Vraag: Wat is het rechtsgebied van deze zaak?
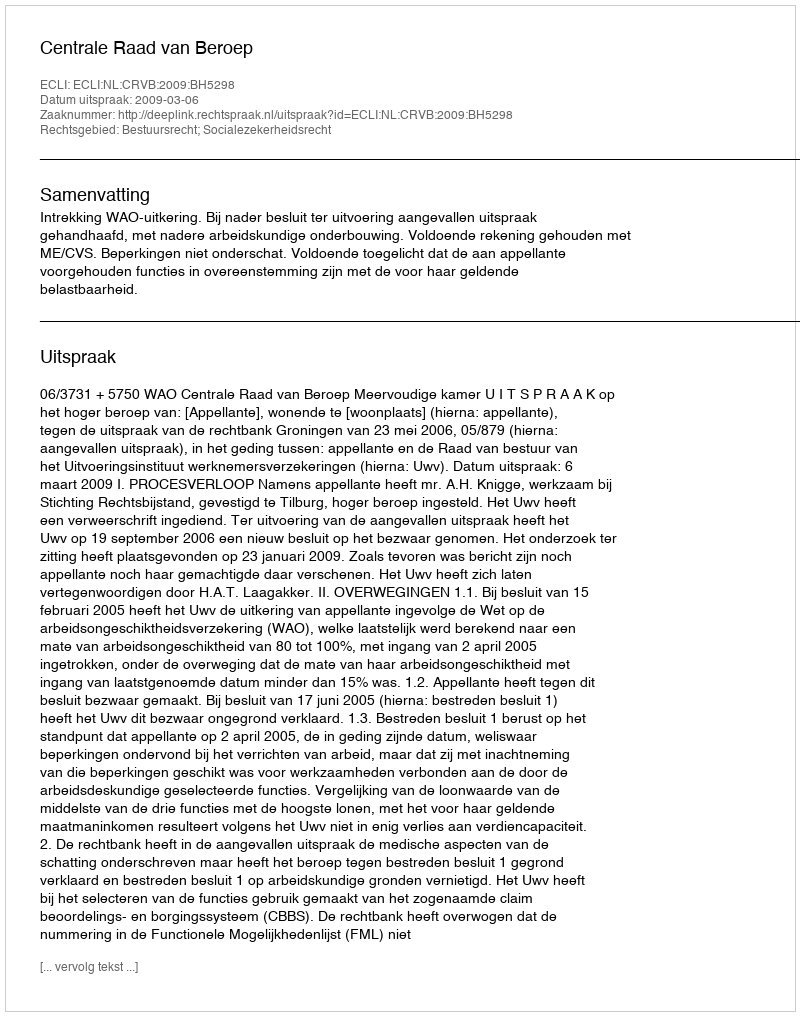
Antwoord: Bestuursrecht; Socialezekerheidsrecht